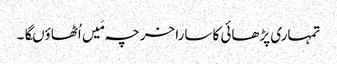
تمہاری پڑھائی کا سارا خرچہ مَیں اُٹھاؤںگا۔